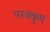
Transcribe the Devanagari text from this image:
परक्कुम